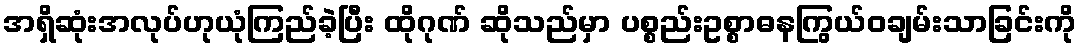
အရှိဆုံးအလုပ်ဟုယုံကြည်ခဲ့ပြီး ထိုဂုဏ် ဆိုသည်မှာ ပစ္စည်းဥစ္စာဓနကြွယ်ဝချမ်းသာခြင်းကို